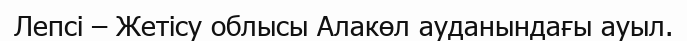
Лепсі – Жетісу облысы Алакөл ауданындағы ауыл.